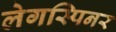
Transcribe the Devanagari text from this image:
लेगस्पिनर